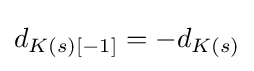
d_{K(s)[-1]}=-d_{K(s)}